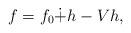
LaTeX: \begin{align*}f=f_0\dot +h -Vh,\end{align*}